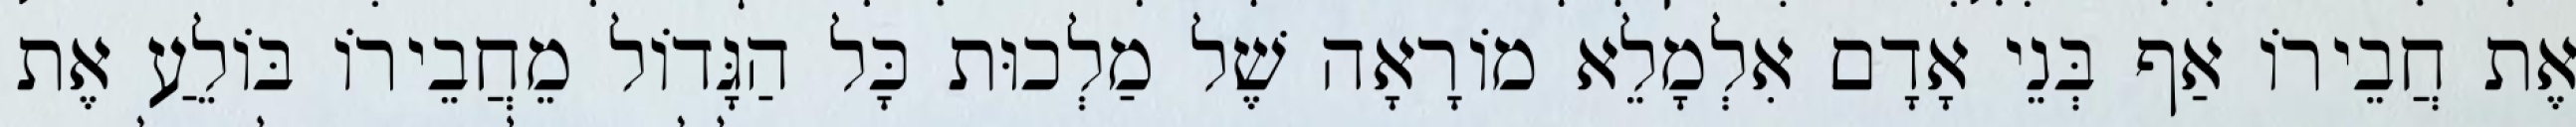
אֶת חֲבֵירוֹ אַף בְּנֵי אָדָם אִלְמָלֵא מוֹרָאָה שֶׁל מַלְכוּת כָּל הַגָּדוֹל מֵחֲבֵירוֹ בּוֹלֵעַ אֶת